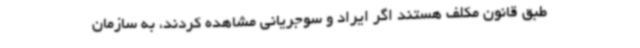
طبق قانون مکلف هستند اگر ایراد و سوجریانی مشاهده کردند، به سازمان